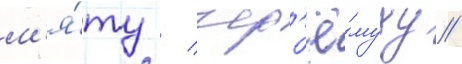
м'я́ту / чер'ё́муху /